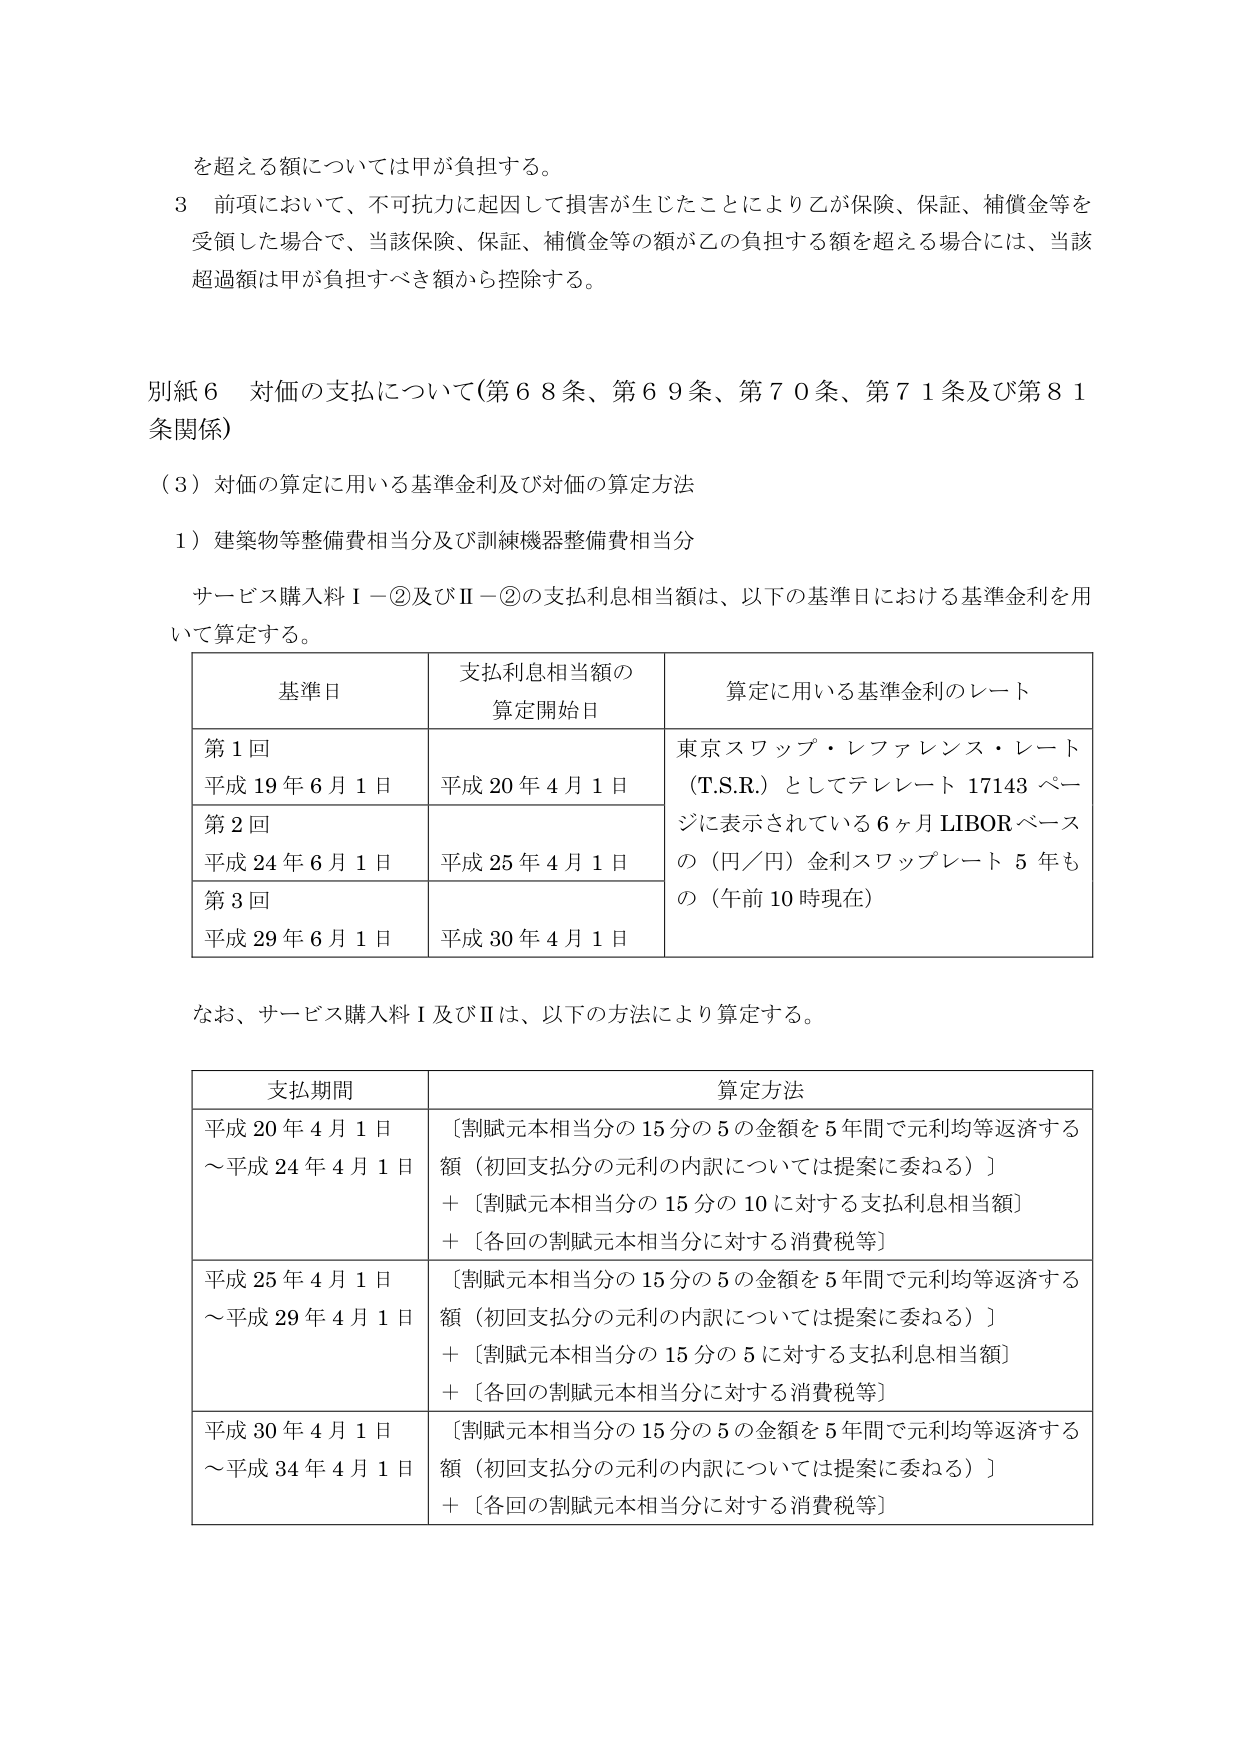
を超える額については甲が負担する。

３ 前項において、不可抗力に起因して損害が生じたことにより乙が保険、保証、補償金等を受領した場合で、当該保険、保証、補償金等の額が乙の負担する額を超える場合には、当該超過額は甲が負担すべき額から控除する。

別紙６ 対価の支払について（第６８条、第６９条、第７０条、第７１条及び第８１条関係）

（３）対価の算定に用いる基準金利及び対価の算定方法

１）建築物等整備費相当分及び訓練機器整備費相当分

サービス購入料Ⅰ－②及びⅡ－②の支払利息相当額は、以下の基準日における基準金利を用いて算定する。

| 基準日 | 支払利息相当額の算定開始日 | 算定に用いる基準金利のレート |
|--------|-----------------------------|------------------------------|
| 第１回<br>平成１９年６月１日 | 平成２０年４月１日 | 東京スワップ・レファレンス・レート（T.S.R.）としてテレレート 17143 ページに表示されている６ヶ月 LIBOR ベースの（円／円）金利スワップレート ５年もの（午前 10 時現在） |
| 第２回<br>平成２４年６月１日 | 平成２５年４月１日 | |
| 第３回<br>平成２９年６月１日 | 平成３０年４月１日 | |

なお、サービス購入料Ⅰ及びⅡは、以下の方法により算定する。

| 支払期間 | 算定方法 |
|----------|----------|
| 平成２０年４月１日～平成２４年４月１日 | 〔割賦元本相当分の 15 分の 5 の金額を 5 年間で元利均等返済する額（初回支払分の元利の内訳については提案に委ねる）〕<br>＋〔割賦元本相当分の 15 分の 10 に対する支払利息相当額〕<br>＋〔各回の割賦元本相当分に対する消費税等〕 |
| 平成２５年４月１日～平成２９年４月１日 | 〔割賦元本相当分の 15 分の 5 の金額を 5 年間で元利均等返済する額（初回支払分の元利の内訳については提案に委ねる）〕<br>＋〔割賦元本相当分の 15 分の 5 に対する支払利息相当額〕<br>＋〔各回の割賦元本相当分に対する消費税等〕 |
| 平成３０年４月１日～平成３４年４月１日 | 〔割賦元本相当分の 15 分の 5 の金額を 5 年間で元利均等返済する額（初回支払分の元利の内訳については提案に委ねる）〕<br>＋〔各回の割賦元本相当分に対する消費税等〕 |